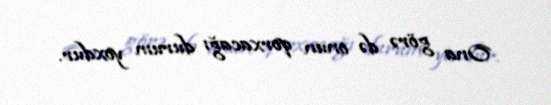
Ona görə də onun qorxacağı durum yoxdur.